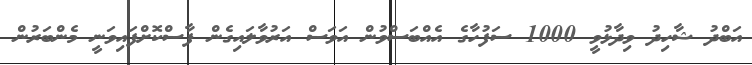
އަބްދު ޝާހިދު ވިދާޅުވީ 1000 ސަފުހާގެ އެއްބަސްވުން އަވަސް އަރުވާލައިގެން ފާސްކޮށްފައިވަނީ މެންބަރުން